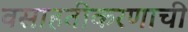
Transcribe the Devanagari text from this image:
वसाहतीकरणाची